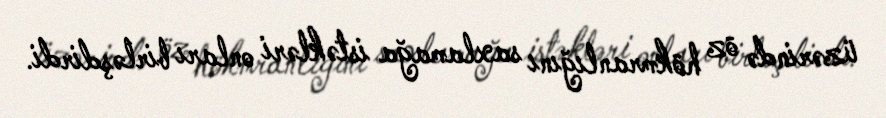
üzərində öz hökmranlığını saxlamağa istəkləri onları birləşdirdi.